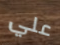
علي